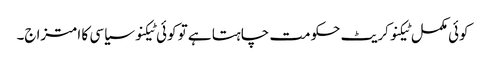
کوئی مکمل ٹیکنوکریٹ حکومت چاہتا ہے تو کوئی ٹیکنو سیاسی کا امتزاج۔